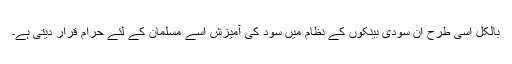
بالکل اسی طرح ان سودی بینکوں کے نظام میں سود کی آمیزش اسے مسلمان کے لئے حرام قرار دیتی ہے۔